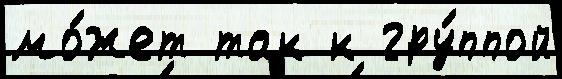
мо́жет так к гру́ппой